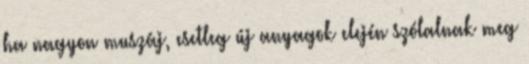
ha nagyon muszáj, esetleg új anyagok elején szólalnak meg